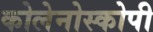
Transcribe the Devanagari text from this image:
कोलेनोस्कोपी